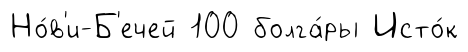
Но́в'и-Б'ечей 100 болга́ры Исто́к